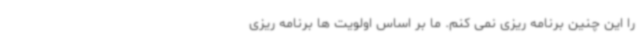
را این چنین برنامه ریزی نمی کنم. ما بر اساس اولویت ها برنامه ریزی